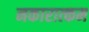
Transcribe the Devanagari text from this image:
नकारात्‍कम